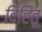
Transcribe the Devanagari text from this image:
दिहितू